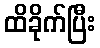
ထိခိုက်ပြီး